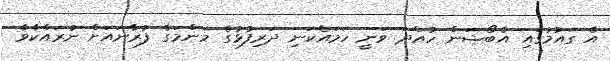
އެ ގައުމުގައި އެބޯޝަން ހުއްދަ ވަނީ ހަމައެކަނި ދަރިފުޅުގެ މަންމަގެ ފުރާނައަށް ނުރައްކާވާ